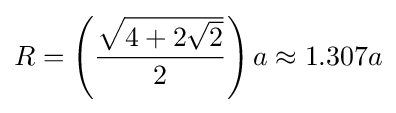
R=\left({\frac {\sqrt {4+2{\sqrt {2}}}}{2}}\right)a\approx 1.307a